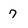
Character: 7